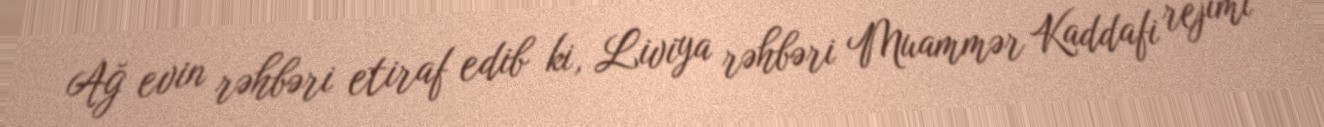
Ağ evin rəhbəri etiraf edib ki, Liviya rəhbəri Muammər Kaddafi rejimi